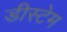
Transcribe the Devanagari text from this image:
डीस्टेम